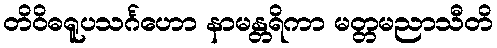
တိဝိဓရူပသင်္ဂဟော နာမန္တရိကာ မတ္တမညာသီတိ